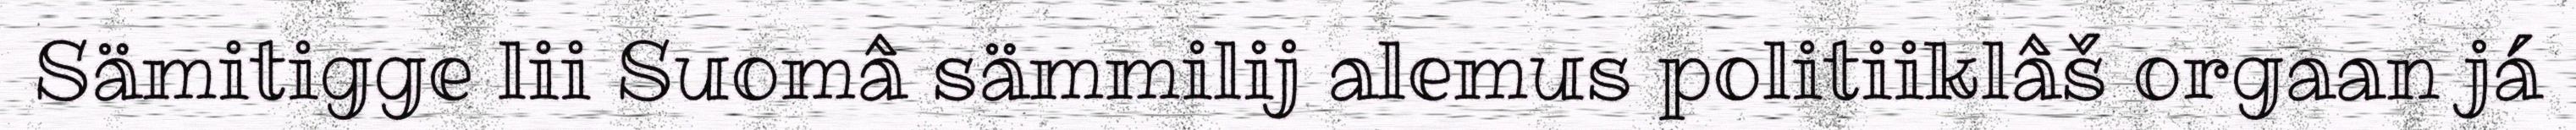
Sämitigge lii Suomâ sämmilij alemus politiiklâš orgaan já